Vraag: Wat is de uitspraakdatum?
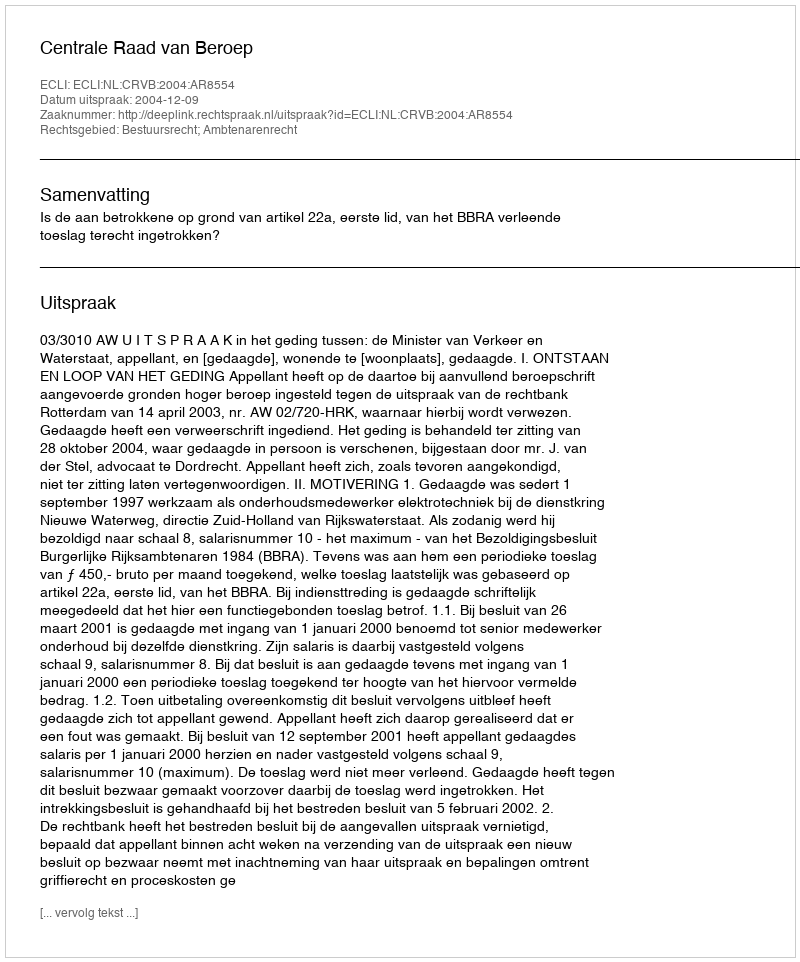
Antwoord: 2004-12-09